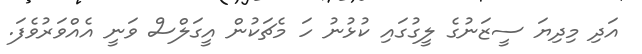
އަދި މިދިޔަ ސީޒަނުގެ ލީގުގައި ކުޅުނު ހަ މެޗަކުން އީގަލްސް ވަނީ އެއްވަރުވެފަ.